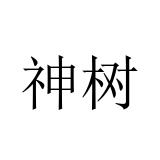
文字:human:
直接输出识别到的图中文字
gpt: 神树